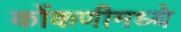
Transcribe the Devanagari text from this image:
कोंकणीमध्ये